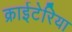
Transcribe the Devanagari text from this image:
क्राईटेरिया